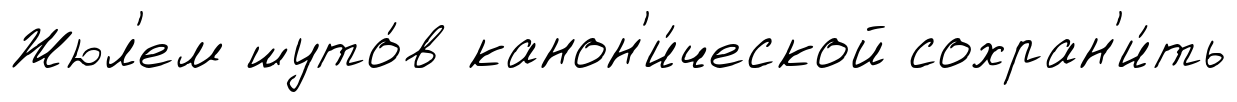
Жюл'ем шуто́в канон'и́ческой сохран'и́ть